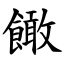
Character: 䭛